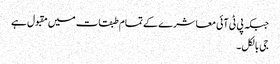
جبکہ پی ٹی آئی معاشرے کے تمام طبقات میں مقبول ہے
جی بالکل۔